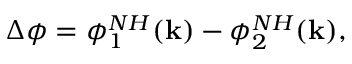
\Delta \phi = \phi _ { 1 } ^ { N H } ( \mathbf { k } ) - \phi _ { 2 } ^ { N H } ( \mathbf { k } ) ,